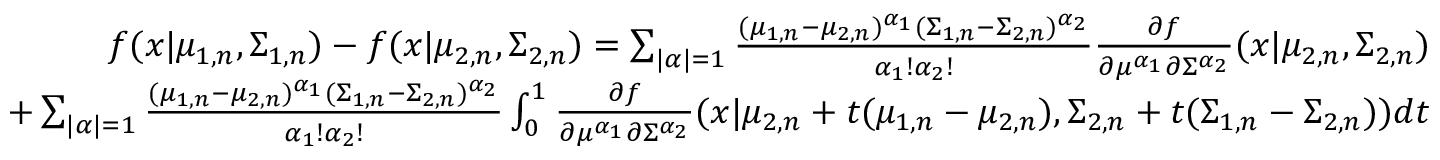
\begin{array} { r } { f ( x | \mu _ { 1 , n } , \Sigma _ { 1 , n } ) - f ( x | \mu _ { 2 , n } , \Sigma _ { 2 , n } ) = \sum _ { | \alpha | = 1 } { \frac { ( \mu _ { 1 , n } - \mu _ { 2 , n } ) ^ { \alpha _ { 1 } } ( \Sigma _ { 1 , n } - \Sigma _ { 2 , n } ) ^ { \alpha _ { 2 } } } { \alpha _ { 1 } ! \alpha _ { 2 } ! } \frac { \partial { f } } { \partial { \mu ^ { \alpha _ { 1 } } } \partial { \Sigma ^ { \alpha _ { 2 } } } } ( x | \mu _ { 2 , n } , \Sigma _ { 2 , n } ) } } \\ { + \sum _ { | \alpha | = 1 } { \frac { ( \mu _ { 1 , n } - \mu _ { 2 , n } ) ^ { \alpha _ { 1 } } ( \Sigma _ { 1 , n } - \Sigma _ { 2 , n } ) ^ { \alpha _ { 2 } } } { \alpha _ { 1 } ! \alpha _ { 2 } ! } } \int _ { 0 } ^ { 1 } \frac { \partial { f } } { \partial { \mu ^ { \alpha _ { 1 } } } \partial { \Sigma ^ { \alpha _ { 2 } } } } ( x | \mu _ { 2 , n } + t ( \mu _ { 1 , n } - \mu _ { 2 , n } ) , \Sigma _ { 2 , n } + t ( \Sigma _ { 1 , n } - \Sigma _ { 2 , n } ) ) d t } \end{array}